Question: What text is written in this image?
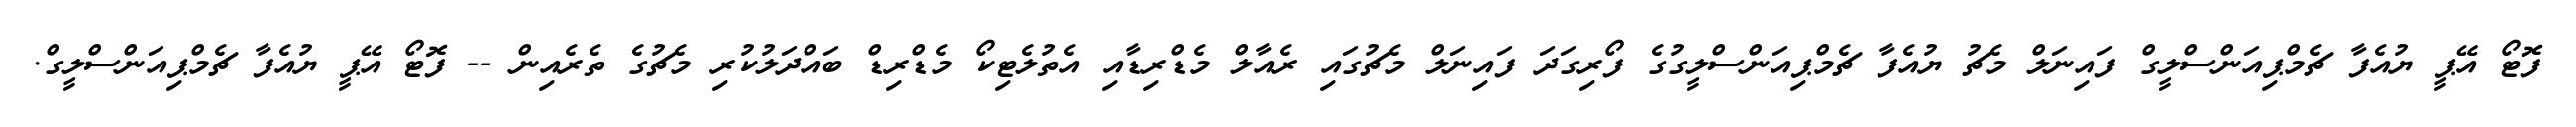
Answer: ފޮޓޯ އޭޕީ ޔުއެފާ ޗެމްޕިއަންސްލީގް ފައިނަލް މެޗު ޔުއެފާ ޗެމްޕިއަންސްލީގުގެ ފޯރިގަދަ ފައިނަލް މެޗުގައި ރެއާލް މެޑްރިޑާއި އެތުލެޓިކޯ މެޑްރިޑް ބައްދަލުކުރި މެޗުގެ ތެރެއިން -- ފޮޓޯ އޭޕީ ޔުއެފާ ޗެމްޕިއަންސްލީގް.